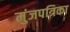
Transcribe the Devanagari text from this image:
मुंजपत्रिका